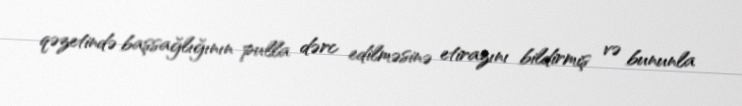
qəzetində başsağlığının pulla dərc edilməsinə etirazını bildirmiş və bununla